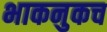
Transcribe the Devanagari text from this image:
भाकनुकच